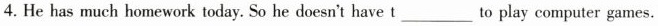
4. He has much homework today. So he doesn't have t___to play computer games.